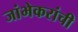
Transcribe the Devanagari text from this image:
जांभेकरांची